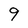
Character: 9